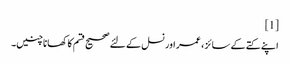
[1]
اپنے کتے کے سائز ، عمر اور نسل کے لئے صحیح قسم کا کھانا چنیں۔